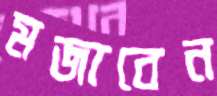
মজাবেন